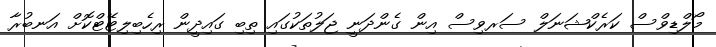
މޯލްޑިވްސް ކަރެކްޝަނަލް ސަރވިސް އިން ގެންދަނީ ޖަލުތަކުގައި ތިބި ގައިދީން ރިހެބިލިޓޭޓްކޮށް އަނބުރާ